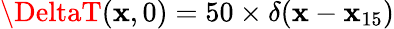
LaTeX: \DeltaT(\mathbf{x},0)=50\times\delta(\mathbf{x}-\mathbf{x}_{15})